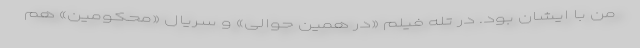
من با ایشان بود. در تله فیلم «در همین حوالی» و سریال «محکومین» هم